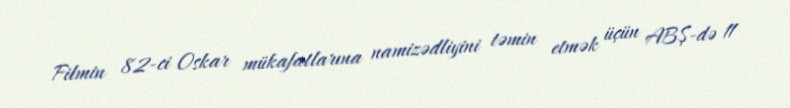
Filmin 82-ci Oskar mükafatlarına namizədliyini təmin etmək üçün ABŞ-də 11